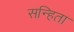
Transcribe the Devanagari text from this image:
सन्हिता